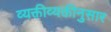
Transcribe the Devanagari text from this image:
व्यक्तीव्यक्तीनुसार